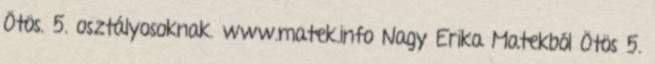
Ötös. 5. osztályosoknak. www.matek.info Nagy Erika Matekból Ötös 5.